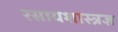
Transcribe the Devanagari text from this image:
रसायशास्त्रज्ञ